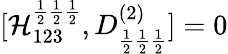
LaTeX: [\mathcal{H}_{123}^{\frac{{1}}{{2}}\frac{{1}}{{2}}\frac{{1}}{{2}}},D_{\frac{{1}}{{2}}\frac{{1}}{{2}}\frac{{1}}{{2}}}^{(2)}]=0